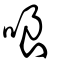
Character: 哴